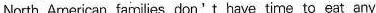
North Arnerican families don't have time to eat any